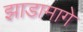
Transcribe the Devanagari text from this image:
झाडामागे